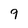
Character: 9